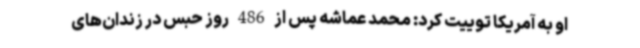
او به آمریکا توییت کرد: محمد عماشه پس از 486 روز حبس در زندان‌های